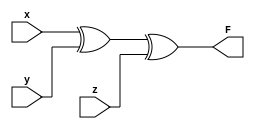
module parity(

input x,y,z,

output F 
);

xor X (F,x,y,z);  

endmodule